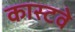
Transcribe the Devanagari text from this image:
कास्टवे